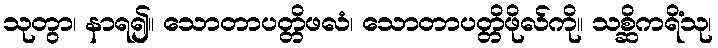
သုတွာ၊ နာရ၍။ သောတာပတ္တိဖလံ၊ သောတာပတ္တိဖိုလ်ကို။ သစ္ဆိကရိံသု၊